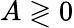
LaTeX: A\gtrless 0